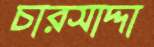
চারসাদ্দা